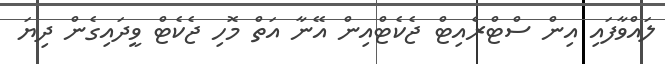
ލައްވާފައި އިން ސްޓްރެއިޓް ޖެކެޓްއިން އޭނާ އަތް މޮހި ޖެކެޓް ވީދައިގެން ދިޔަ